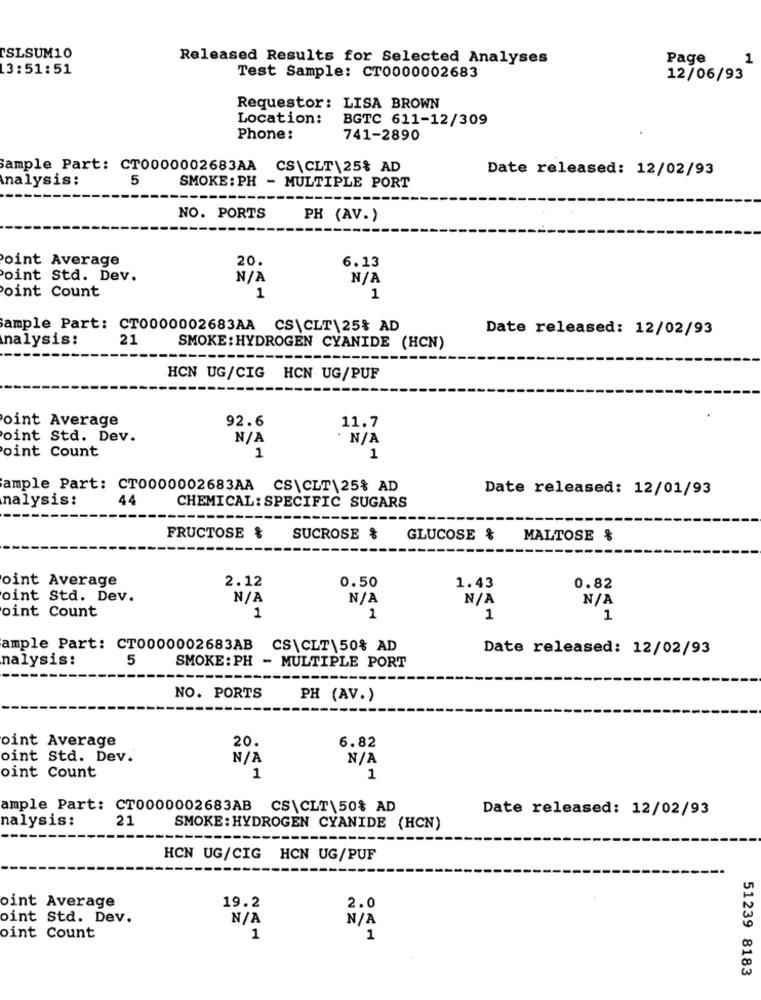
CSLSUM10
Released Results for Selected Analyses
Page
1
13:51:51
Test Sample: CT0000002683
12/06/93
Requestor: LISA BROWN
Location:
BGTC 611-12/309
Phone:
741-2890
Sample Part: CT0000002683AA CS\CLT\25% AD
Date released: 12/02/93
Inalysis:
5
SMOKE: PH - MULTIPLE PORT
NO. PORTS
PH (AV.)
Point Average
20.
6.13
oint Std. Dev.
oint Count
1
1
ample Part: CT0000002683AA CS\CLT\25% AD
Date released: 12/02/93
nalysis:
21
SMOKE: HYDROGEN CYANIDE (HCN)
HCN UG/CIG HCN UG/PUF
oint Average
92.6
11.7
oint Std. Dev.
· N/A
oint Count
1
1
ample Part: CT0000002683AA CS\CLT\25% AD
Date released: 12/01/93
nalysis:
44
CHEMICAL: SPECIFIC SUGARS
FRUCTOSE &
SUCROSE &
GLUCOSE &
MALTOSE %
oint Average
2.12
0.50
1.43
0.82
oint Std. Dev.
oint Count
1
1
1
1
ample Part: CT0000002683AB CS\CLT\50% AD
Date released: 12/02/93
nalysis:
5
SMOKE: PH - MULTIPLE PORT
NO. PORTS
PH (AV.)
oint Average
20.
6.82
oint Std. Dev.
oint Count
1
1
ample Part: CT0000002683AB CS\CLT\50% AD
Date released: 12/02/93
nalysis:
21
SMOKE : HYDROGEN CYANIDE (HCN)
HCN UG/CIG HCN UG/PUF
oint Average
19.2
2.0
oint Std. Dev.
oint Count
1
1
51239 8183